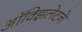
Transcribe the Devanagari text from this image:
ऑक्झिलेटने